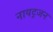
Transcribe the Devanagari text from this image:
नायट्रजन